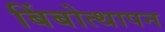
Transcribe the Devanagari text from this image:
बिंबोत्थापन